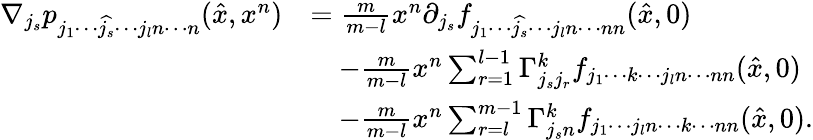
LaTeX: \begin{array}{rl}{\nabla_{j_{s}}p_{j_{1}\cdots\widehat{j_{s}}\cdots j_{l}n\cdots n}(\hat{x},x^{n})}&{=\frac{m}{m-l}x^{n}\partial_{j_{s}}f_{j_{1}\cdots\widehat{j_{s}}\cdots j_{l}n\cdots nn}(\hat{x},0)}\\ &{\quad-\frac{m}{m-l}x^{n}\sum_{r=1}^{l-1}\Gamma_{j_{s}j_{r}}^{k}f_{j_{1}\cdots k\cdots j_{l}n\cdots nn}(\hat{x},0)}\\ &{\quad-\frac{m}{m-l}x^{n}\sum_{r=l}^{m-1}\Gamma_{j_{s}n}^{k}f_{j_{1}\cdots j_{l}n\cdots k\cdots nn}(\hat{x},0).}\end{array}